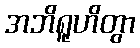
အဘိရူဟိတွာ